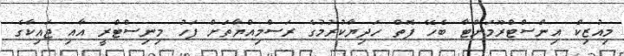
މިއުޒިކް އިންސްޓްރޫމަންޓާ ބެހޭ ފޮތް ހަދިޔާކުރުމުގެ ރަސްމިއްޔާތަށް ފަހު މިނިސްޓްރީ އާއި ޖައިކާގެ